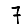
Digit: 7